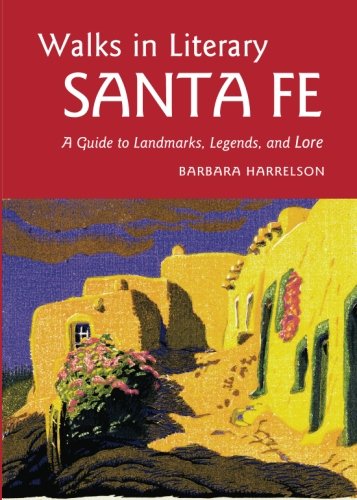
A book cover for Walks In Literary Sante Fe: A Guide to Landmarks, Legends and Lore; Barbara Harrelson; Travel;